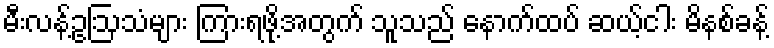
မီးလန့်ဥဩသံများ ကြားရဖို့အတွက် သူသည် နောက်ထပ် ဆယ့်ငါး မိနစ်ခန့်